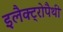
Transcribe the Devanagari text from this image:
इलैक्ट्रोपैथी